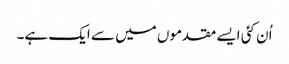
اُن کئی ایسے مقدموں میں سے ایک ہے۔